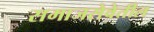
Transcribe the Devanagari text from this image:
समाजसेवेतील